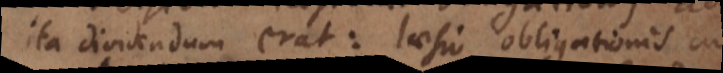
ita dividendum erat: laesio obligationis ad